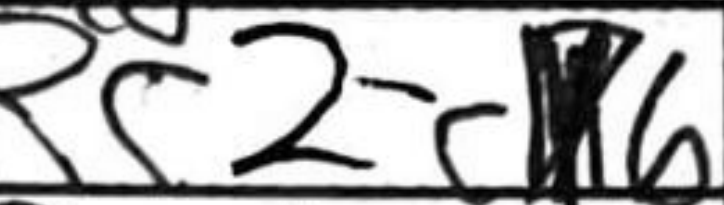
Transcription: Rc2-c6